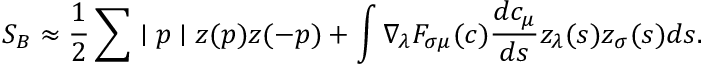
S _ { B } \approx \frac { 1 } { 2 } \sum \mid p \mid z ( p ) z ( - p ) + \int \nabla _ { \lambda } F _ { \sigma \mu } ( c ) \frac { d c _ { \mu } } { d s } z _ { \lambda } ( s ) z _ { \sigma } ( s ) d s .